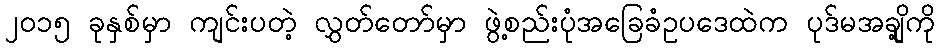
၂၀၁၅ ခုနှစ်မှာ ကျင်းပတဲ့ လွှတ်တော်မှာ ဖွဲ့စည်းပုံအခြေခံဥပဒေထဲက ပုဒ်မအချို့ကို